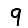
Digit: 9